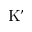
\mathrm { K } ’